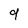
Character: g